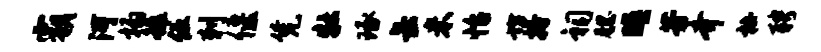
霸河榻雒伍刺偃凭牡琢缶米怡坊搔祠腮暝芳齐杜聘